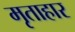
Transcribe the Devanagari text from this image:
मृताहार